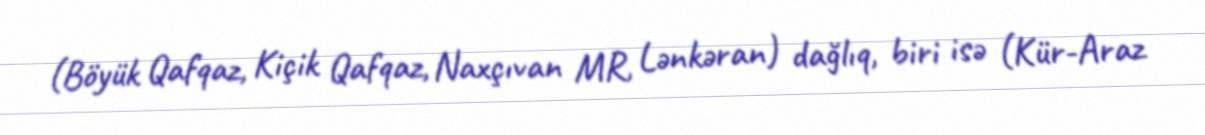
(Böyük Qafqaz, Kiçik Qafqaz, Naxçıvan MR, Lənkəran) dağlıq, biri isə (Kür-Araz